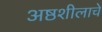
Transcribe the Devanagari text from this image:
अष्ठशीलाचे